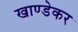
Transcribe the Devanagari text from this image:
खाण्डेकर